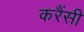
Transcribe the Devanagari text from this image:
करैंसी